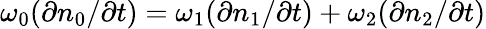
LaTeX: \omega_{0}(\partial n_{0}/\partial t)=\omega_{1}(\partial n_{1}/\partial t)+\omega_{2}(\partial n_{2}/\partial t)